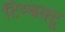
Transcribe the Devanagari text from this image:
टिम्बक्टू